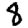
Digit: 8